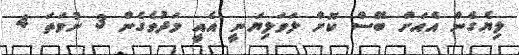
ލިޔެގެން އެއަށް ބޭސް ކޮށް ލަވަލިޔަނީ އެއީ މަދުވެގެން 3 ނުވަތަ 4